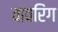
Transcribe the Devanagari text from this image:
वावरिंग